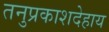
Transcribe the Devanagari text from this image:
तनुप्रकाशदेहाय